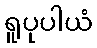
ရူပုပါယံ